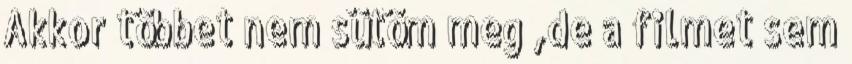
Akkor többet nem sütöm meg ,de a filmet sem